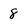
Character: 8